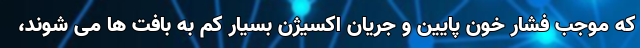
که موجب فشار خون پایین و جریان اکسیژن بسیار کم به بافت ها می شوند،